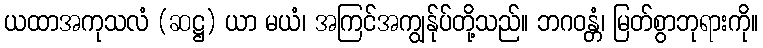
ယထာအကုသလံ (ဆဋ္ဌ) ယာ မယံ၊ အကြင်အကျွန်ုပ်တို့သည်။ ဘဂဝန္တံ၊ မြတ်စွာဘုရားကို။